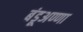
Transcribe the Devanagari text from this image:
बंडूअण्णा